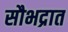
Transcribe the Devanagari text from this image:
सौभद्रात